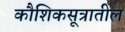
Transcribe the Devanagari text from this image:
कौशिकसूत्रातील